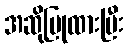
အဆိုပြုထားပြီး